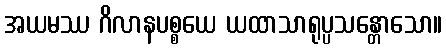
အယမဿ ဂိလာနပစ္စယေ ယထာသာရုပ္ပသန္တောသော။